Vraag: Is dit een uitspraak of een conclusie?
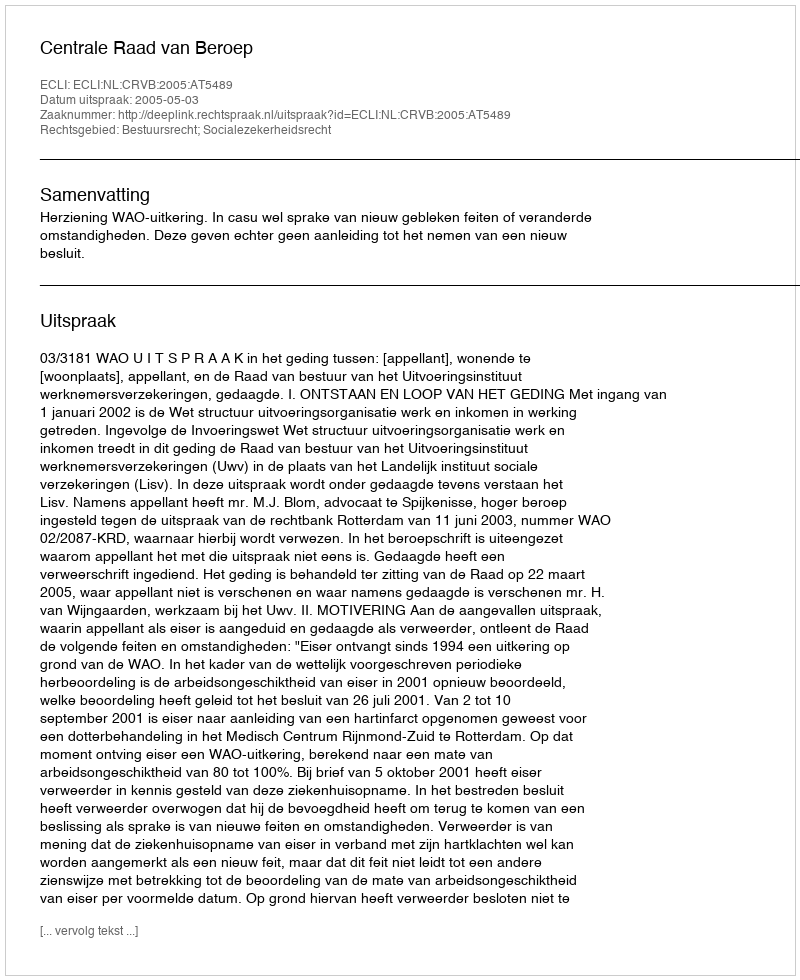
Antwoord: Uitspraak